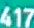
417